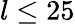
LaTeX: l\le 25